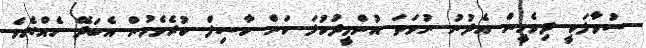
ސުވާލަކީ ދިވެހީން އެދުނު ނުވަތަ އުންމީދުކުޅަ ކަން ހާސިލް ކުރެވެމުން އެބަދޭ ހެއްޔެވެ